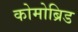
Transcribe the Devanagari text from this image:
कोमोब्रिड